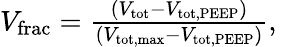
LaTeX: \begin{array}{r}{V_{\mathrm{frac}}=\frac{(V_{\mathrm{tot}}-V_{\mathrm{tot,PEEP}})}{(V_{\mathrm{tot,max}}-V_{\mathrm{tot,PEEP}})},\: }\end{array}